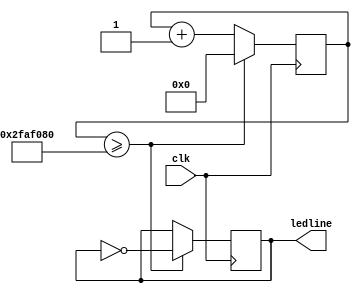
`timescale 1ns / 1ps
//////////////////////////////////////////////////////////////////////////////////
// Company: 
// Engineer: 
// 
// Design Name: 
// Module Name: ledIndicator
// Project Name: 
// Target Devices: 
// Tool Versions: 
// Description: 
// 
// Dependencies: 
// 
// Revision:
// Revision 0.01 - File Created
// Additional Comments:
// 
//////////////////////////////////////////////////////////////////////////////////


module ledIndicator(
    input clk,
    output ledline
    );
    
    reg [31:0]clkdiv = 32'd0;

    reg led;
    
    assign ledline = led;
    
    always @ (posedge clk) begin
        clkdiv <= clkdiv +1'd1;
        if (clkdiv >= 50000000) begin   //1 second f 500ms
            clkdiv <= 0;
            led <= ~led;
        end
    end
endmodule